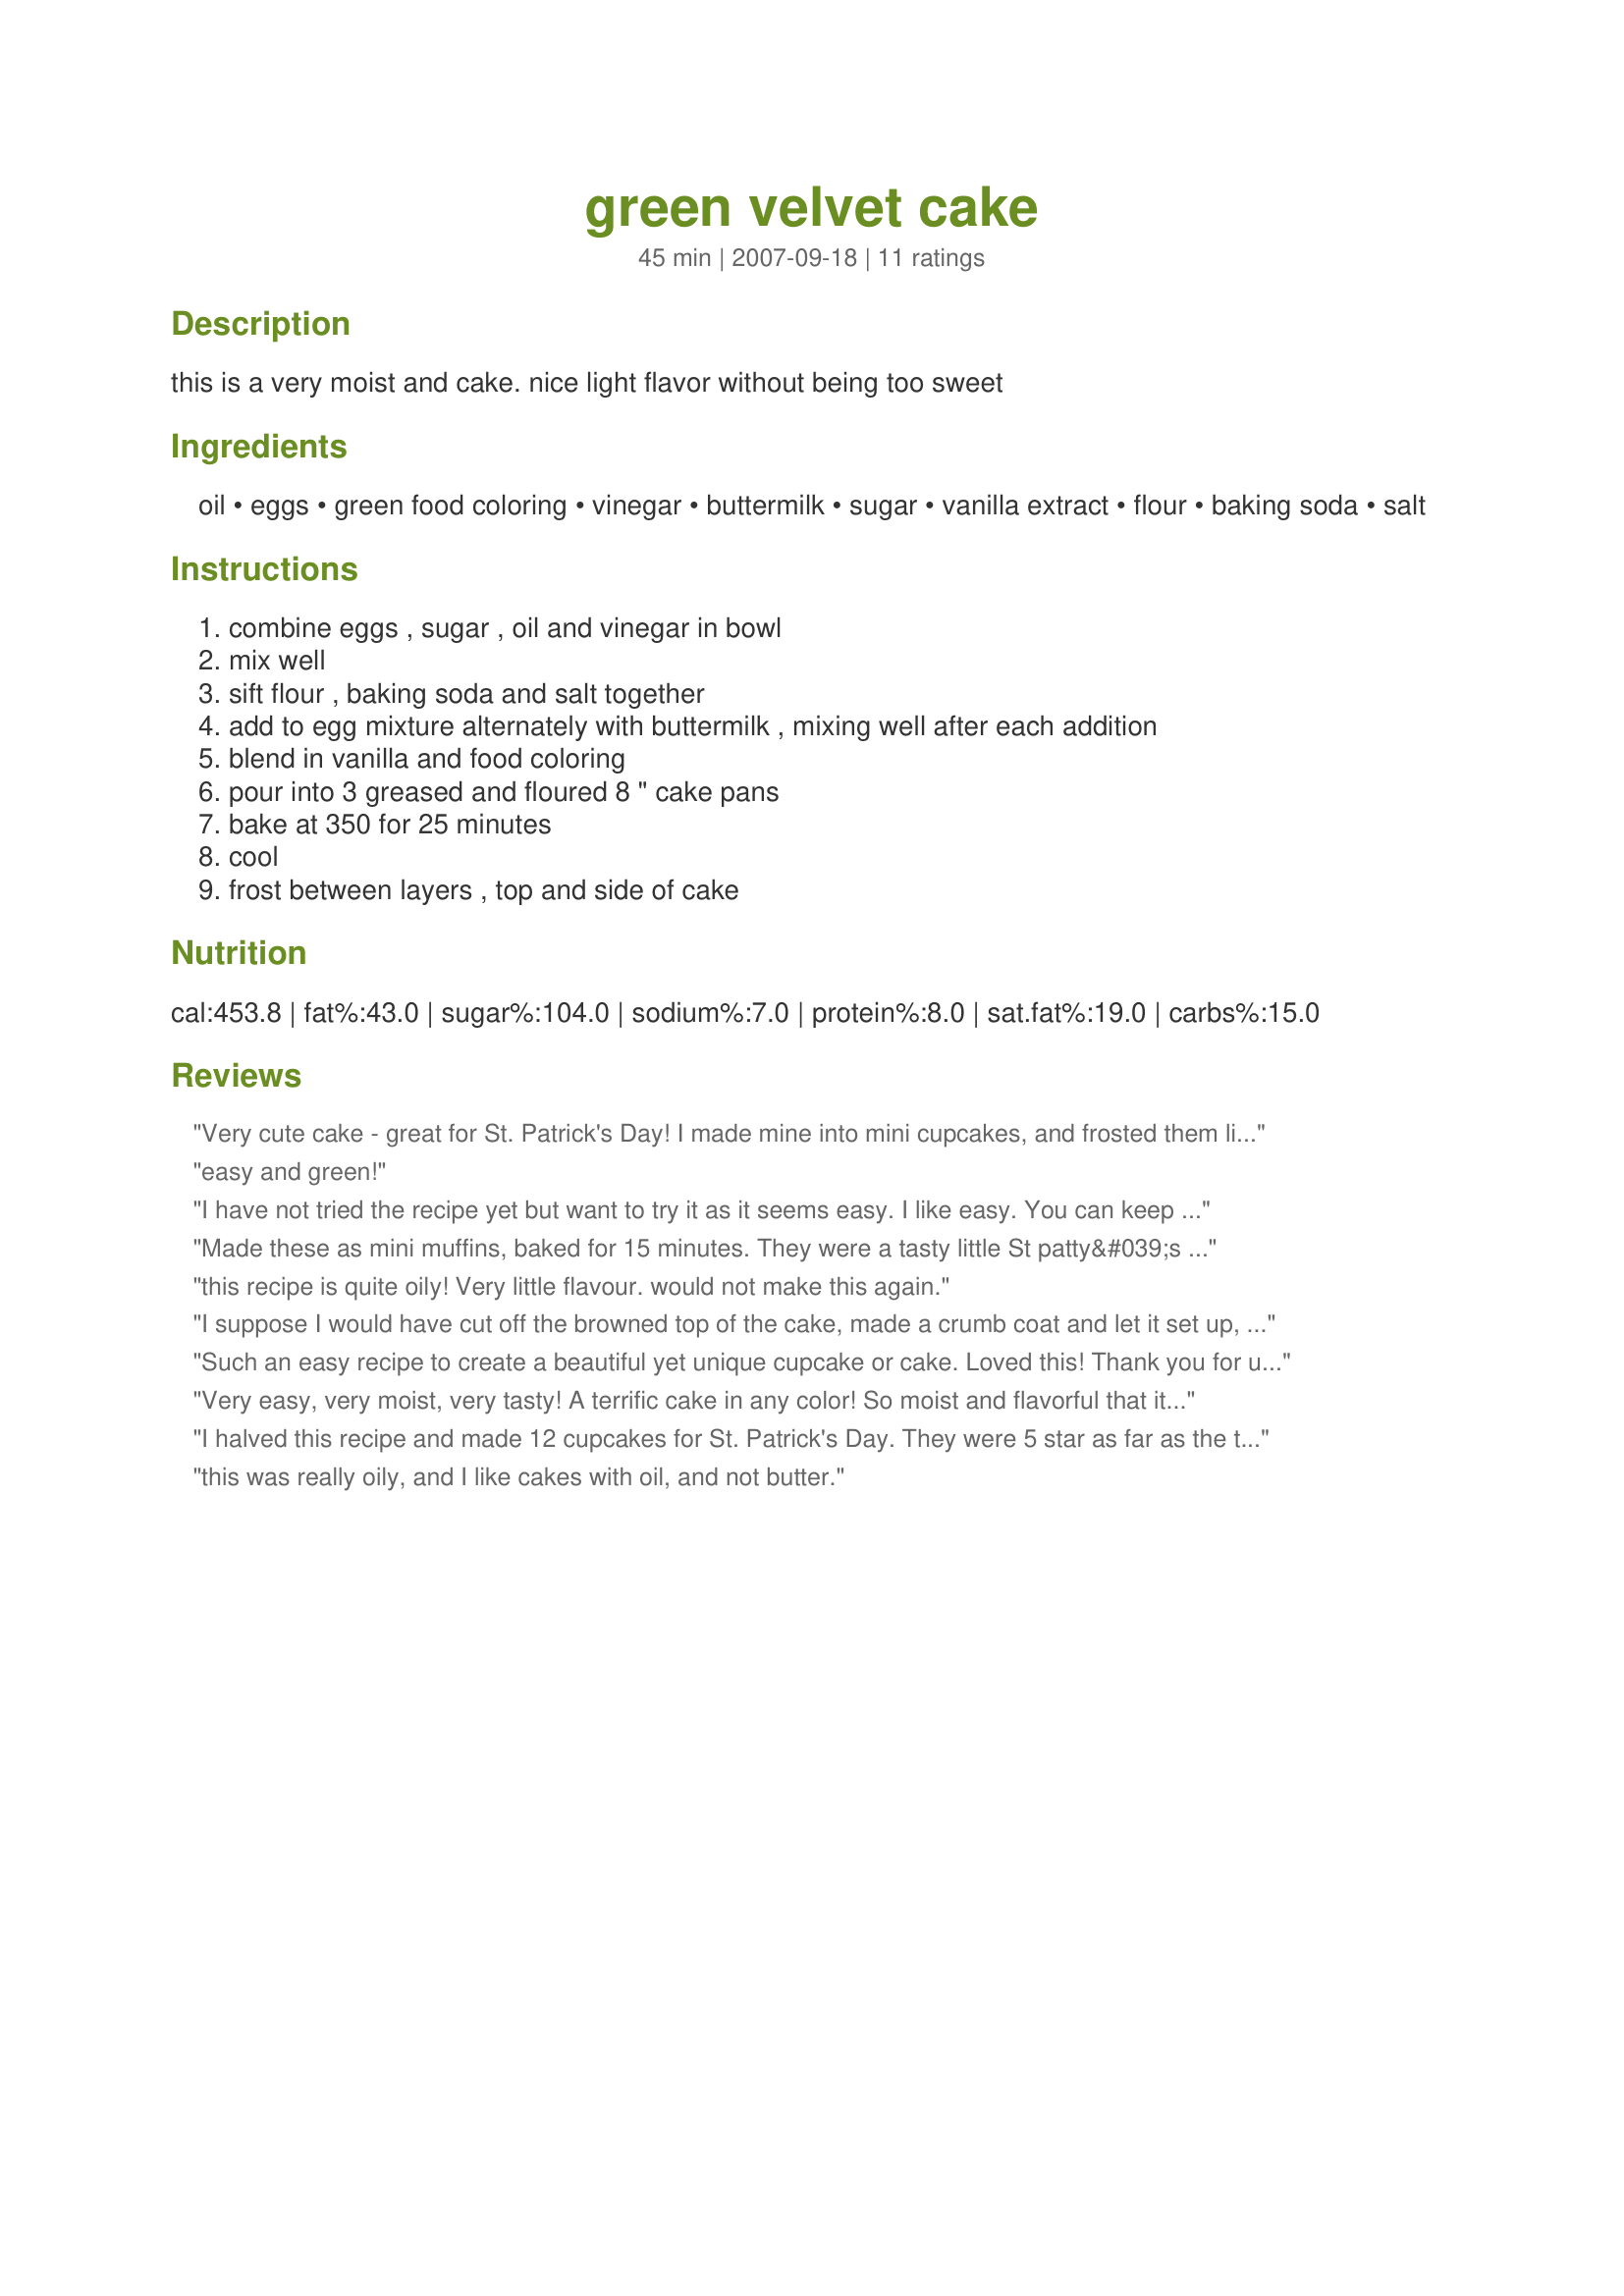
green velvet cake
Preparation time: 45 minutes

this is a very moist and cake. nice light flavor without being too sweet

Ingredients:
oil, eggs, green food coloring, vinegar, buttermilk, sugar, vanilla extract, flour, baking soda, salt

Steps:
combine eggs , sugar , oil and vinegar in bowl, mix well, sift flour , baking soda and salt together, add to egg mixture alternately with buttermilk , mixing well after each addition, blend in vanilla and food coloring, pour into 3 greased and floured 8 " cake pans, bake at 350 for 25 minutes, cool, frost between layers , top and side of cake

Reviews:
Very cute cake - great for St. Patrick's Day! I made mine into mini cupcakes, and frosted them like Ireland's flag. I didn't taste them, but I was told they were light and moist, but with a stong oily undertone. Perhaps I will use less if I make it again. I found it easy to work with, and I only broke one when removing it from the pan, so they're not very fragile! Thanks for the interesting recipe.
easy and green!
I have not tried the recipe yet but want to try it as it seems easy. I like easy. You can keep the complicated and too many ingredients. The greasy and lack of taste are easy fixes. I noticed nobody reduced the amount of oil. I will try reducing 1/2 cup of the oil and the flavor enhancements another member suggested.
Made these as mini muffins, baked for 15 minutes. They were a tasty little St patty&#039;s day treat. I do agree with others though, they were a bit oily.
this recipe is quite oily! Very little flavour. would not make this again.
I suppose I would have cut off the browned top of the cake, made a crumb coat and let it set up, iced the cake and found an alternative to the artificial color.
Such an easy recipe to create a beautiful yet unique cupcake or cake.
Loved this!
Thank you for uploading this, and looking forward for more.
Very easy, very moist, very tasty! A terrific cake in any color! So moist and flavorful that it needs no frosting.
I halved this recipe and made 12 cupcakes for St. Patrick's Day. They were 5 star as far as the texture is concerned. Very moist. Light and tender despite all the oil. They leave an oily residue on your hands, but don't taste oily or greasy. Because most of the flavour comes from the frosting, I tweaked the recipe slightly to try and boost the flavour of the cupcakes themselves. Used 1 cup of sugar for the half recipe and would do that again. Used 1 tsp. vanilla for the half recipe, and added 1/2 tsp. almond extract and 3/4 tsp. rosewater. Because I wanted a vibrant green, I used 1 Tbsp. green food colouring. Filled cupcake liners just over halfway. Baking time was 20 mins. Didn't make the frosting in the recipe, but frosted with a cream cheese frosting instead.
this was really oily, and I like cakes with oil, and not butter.
Super easy recipe, went together great and came out perfect. Followed to a T but halved &amp; made cupcakes like other reviewer. My son said they are the best St. Patricks Day cupcakes he&#039;s ever had :)
